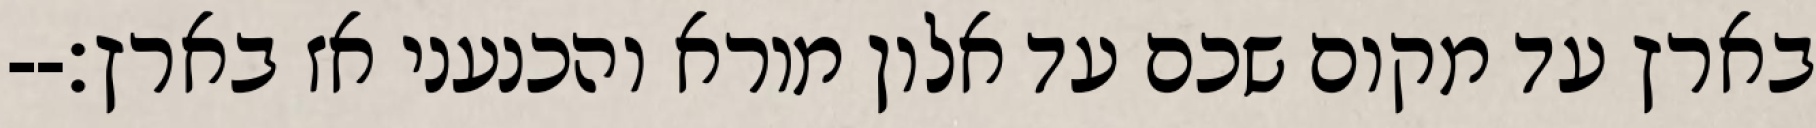
בארץ עד מקום שכם עד אלון מורא והכנעני אז בארץ׃--